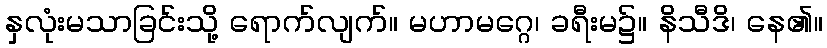
နှလုံးမသာခြင်းသို့ ရောက်လျက်။ မဟာမဂ္ဂေ၊ ခရီးမ၌။ နိသီဒိ၊ နေ၏။